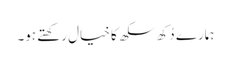
ہمارے دُکھ سکھ کا خیال رکھتے ہو۔